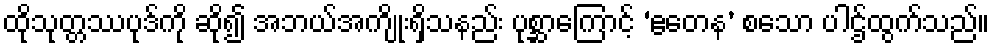
ထိုသုတ္တဿပုဒ်ကို ဆို၍ အဘယ်အကျိုးရှိသနည်း ပုစ္ဆာကြောင့် ‘ဧတေန’ စသော ပါဌ်ထွက်သည်။